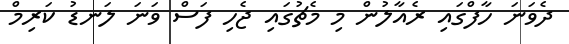
ދެވަނަ ހާފްގައި ރެއާލުން މި މެޗުގައި ޖެހި ފަސް ވަނަ ލަނޑު ކަރިމް